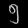
Digit: ၅